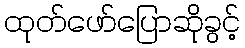
ထုတ်ဖော်ပြောဆိုခွင့်